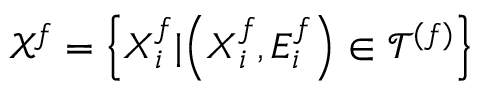
\mathcal { X } ^ { f } = \left\{ \boldsymbol { X } _ { i } ^ { f } \lvert \left( \boldsymbol { X } _ { i } ^ { f } , E _ { i } ^ { f } \right) \in \mathcal { T } ^ { ( f ) } \right\}